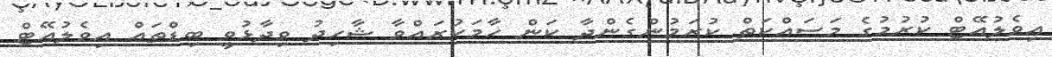
އިވެލުއޭޓް ކުރުމުގެ މަސައްކަތް ކުރަމުންގެންދާ ކަން ހާމަކުރައްވާ ޝާހިދު ވިދާޅުވީ ބިޑްތައް އިވެލުއޭޓް